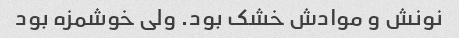
نونش و موادش خشک بود. ولی خوشمزه بود